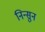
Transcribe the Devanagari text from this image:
निन्सुन